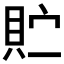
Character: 𫎓